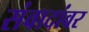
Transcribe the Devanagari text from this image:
संवादांवर